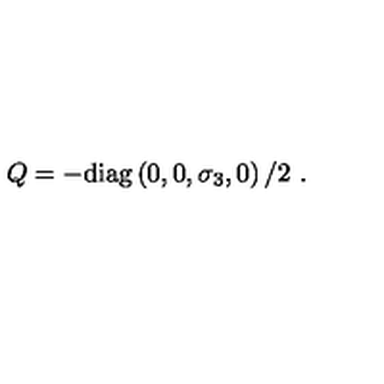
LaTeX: Q = - \mathrm { d i a g } \left( 0 , 0 , \sigma _ { 3 } , 0 \right) / 2 \ .